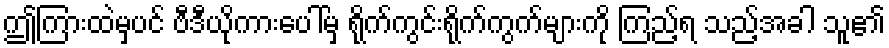
ဤကြားထဲမှပင် ဗီဒီယိုကားပေါ်မှ ရိုက်ကွင်းရိုက်ကွက်များကို ကြည့်ရ သည့်အခါ သူ၏